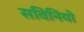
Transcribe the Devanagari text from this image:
सविनियो